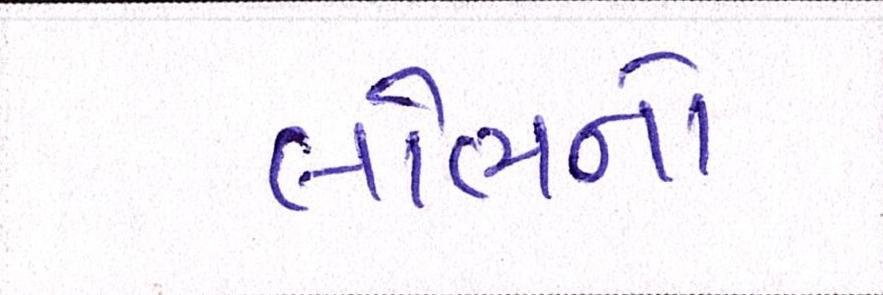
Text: લોભનો